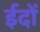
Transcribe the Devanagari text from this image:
ईदों